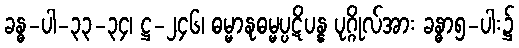
ခန္ဓ-ပါ-၃၃-၃၄၊ ဋ္ဌ-၂၄၆၊ ဓမ္မာနုဓမ္မပ္ပဋိပန္န ပုဂ္ဂိုလ်အား ခန္ဓာ၅-ပါး၌